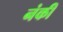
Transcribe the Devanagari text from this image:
नंकी